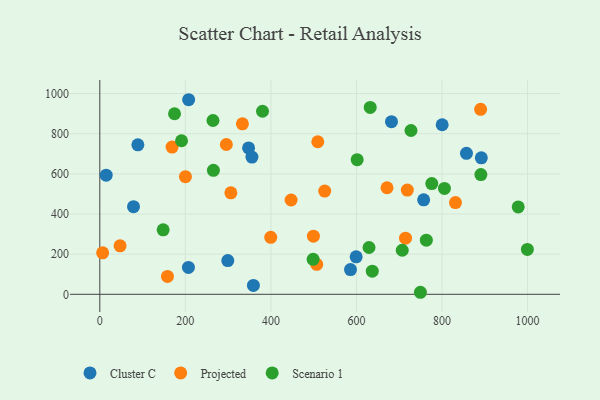
{"axis": {"x": "Engine Size", "y": "Sales"}, "legend": ["Cluster C", "Projected", "Scenario 1"], "data": [{"x": "299.2", "y": 168.1, "type": "Cluster C"}, {"x": "347.8", "y": 729.4, "type": "Cluster C"}, {"x": "891.9", "y": 680.2, "type": "Cluster C"}, {"x": "89.0", "y": 744.7, "type": "Cluster C"}, {"x": "359.1", "y": 44.2, "type": "Cluster C"}, {"x": "355.7", "y": 683.6, "type": "Cluster C"}, {"x": "586.1", "y": 123.3, "type": "Cluster C"}, {"x": "599.3", "y": 187.0, "type": "Cluster C"}, {"x": "14.9", "y": 593.6, "type": "Cluster C"}, {"x": "207.7", "y": 969.6, "type": "Cluster C"}, {"x": "857.2", "y": 702.6, "type": "Cluster C"}, {"x": "757.1", "y": 470.9, "type": "Cluster C"}, {"x": "207.2", "y": 133.9, "type": "Cluster C"}, {"x": "78.8", "y": 436.8, "type": "Cluster C"}, {"x": "681.9", "y": 860.1, "type": "Cluster C"}, {"x": "800.4", "y": 844.8, "type": "Cluster C"}, {"x": "718.9", "y": 519.6, "type": "Projected"}, {"x": "499.4", "y": 289.9, "type": "Projected"}, {"x": "47.4", "y": 241.5, "type": "Projected"}, {"x": "306.4", "y": 505.6, "type": "Projected"}, {"x": "6.6", "y": 206.5, "type": "Projected"}, {"x": "509.6", "y": 760.2, "type": "Projected"}, {"x": "447.2", "y": 469.9, "type": "Projected"}, {"x": "714.7", "y": 279.8, "type": "Projected"}, {"x": "831.5", "y": 457.2, "type": "Projected"}, {"x": "890.3", "y": 921.9, "type": "Projected"}, {"x": "200.2", "y": 586.0, "type": "Projected"}, {"x": "158.2", "y": 89.3, "type": "Projected"}, {"x": "507.1", "y": 149.5, "type": "Projected"}, {"x": "333.4", "y": 849.4, "type": "Projected"}, {"x": "295.8", "y": 746.5, "type": "Projected"}, {"x": "399.6", "y": 283.8, "type": "Projected"}, {"x": "169.0", "y": 733.6, "type": "Projected"}, {"x": "671.5", "y": 530.9, "type": "Projected"}, {"x": "525.8", "y": 514.4, "type": "Projected"}, {"x": "763.4", "y": 269.8, "type": "Scenario 1"}, {"x": "498.7", "y": 174.2, "type": "Scenario 1"}, {"x": "380.4", "y": 912.1, "type": "Scenario 1"}, {"x": "707.1", "y": 219.5, "type": "Scenario 1"}, {"x": "632.2", "y": 931.2, "type": "Scenario 1"}, {"x": "629.4", "y": 233.1, "type": "Scenario 1"}, {"x": "191.1", "y": 765.2, "type": "Scenario 1"}, {"x": "805.7", "y": 527.8, "type": "Scenario 1"}, {"x": "637.0", "y": 115.0, "type": "Scenario 1"}, {"x": "264.6", "y": 866.0, "type": "Scenario 1"}, {"x": "174.7", "y": 899.7, "type": "Scenario 1"}, {"x": "749.5", "y": 10.1, "type": "Scenario 1"}, {"x": "265.6", "y": 617.8, "type": "Scenario 1"}, {"x": "601.7", "y": 670.7, "type": "Scenario 1"}, {"x": "890.9", "y": 596.5, "type": "Scenario 1"}, {"x": "978.2", "y": 435.6, "type": "Scenario 1"}, {"x": "776.1", "y": 551.9, "type": "Scenario 1"}, {"x": "999.6", "y": 223.6, "type": "Scenario 1"}, {"x": "148.1", "y": 321.5, "type": "Scenario 1"}, {"x": "727.5", "y": 816.3, "type": "Scenario 1"}]}